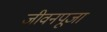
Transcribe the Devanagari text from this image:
जीवनपूजा